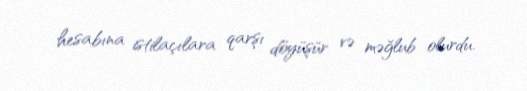
hesabına istilaçılara qarşı döyüşür və məğlub olurdu.